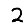
Digit: 2